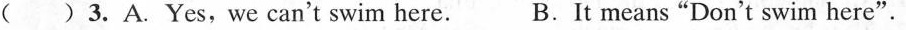
( ) 3.A. Yes,we can't swim here. B.It means"Don't swim here".